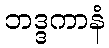
ဘဒ္ဒကာနံ